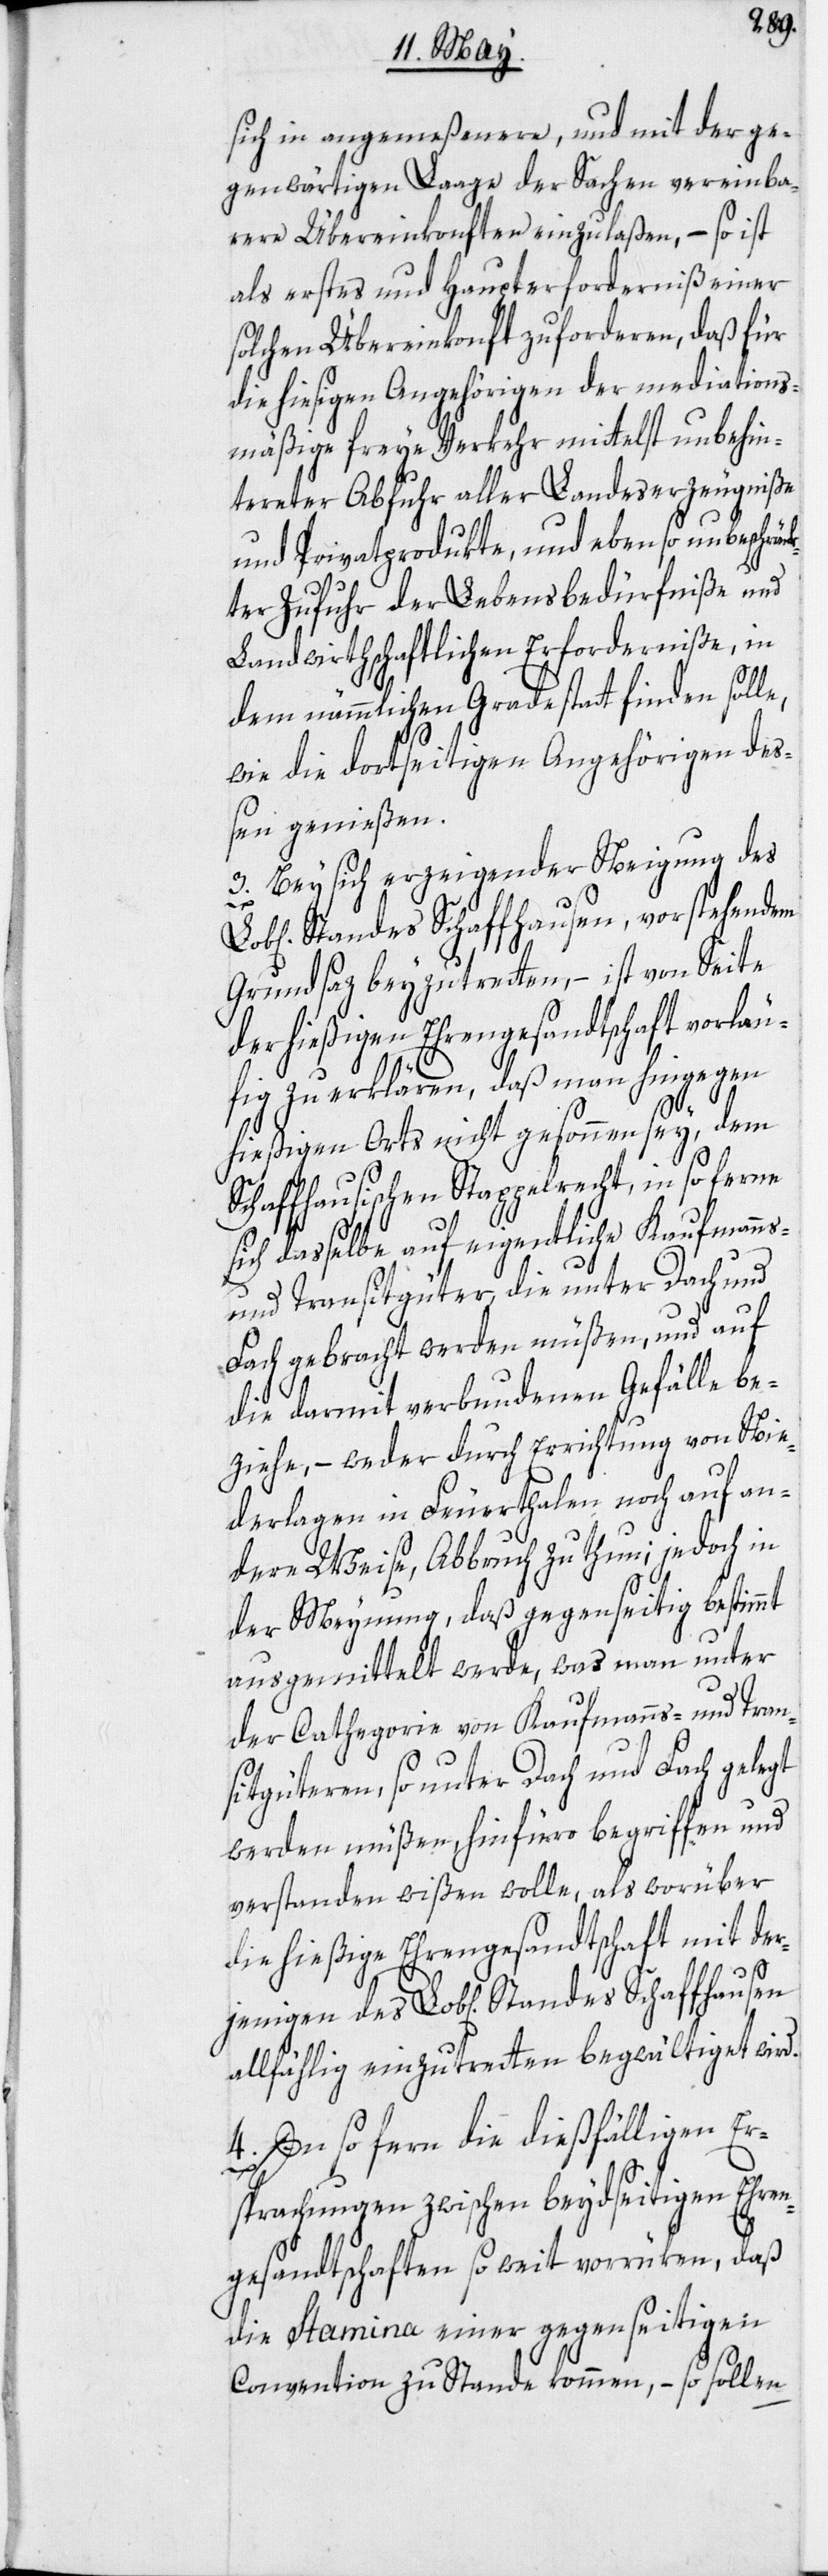
sich in angemeßenere, und mit der ge¬
genwärtigen Laage der Sachen vereinba¬
rere Übereinkonften einzulaßen, – so ist
als erstes und Haupterforderniß einer
solchen Übereinkonft zu forderen, daß für
die hiesigen Angehörigen der mediations¬
mäßige freye Verkehr mittelst unbehin¬
tereter Abfuhr aller Landeserzeugniße
und Privatprodukte, und ebenso unbeschrän¬
kter Zufuhr der Lebensbedürfniße und
Landwirthschaftlichen Erforderniße, in
dem nämmlichen Grade statt finden solle,
wie die dortseitigen Angehörigen deß¬
en genießen.
3. Bey sich erzeigender Neigung des
Standes Schaffhausen, vorstehendem
Grundsaz beyzutretten, – ist von Seite
der hießigen Ehrengesandtschaft vorläu¬
fig zu erklären, daß man hingegen
hießigen Orts nicht gesonnen sey, dem
Schaffhausischen Stappelrecht, in so ferne
sich dasselbe auf eigentliche Kaufmanns-
und Transitgüter, die unter Dach und
Fach gebracht werden müßen, und auf
die darmit verbundenen Gefälle be¬
ziehe, – weder durch Errichtung von Nie¬
derlagen in Feuerthalen noch auf an¬
dere Weise, Abbruch zu thun; jedoch in
der Meynung, daß gegenseitig bestimmt
ausgemittelt werde, was man unter
der Cathegorie von Kaufmanns- und Tran¬
sitgüteren, so unter Dach und Fach gelegt
werden müßen, hinfüro begriffen und
verstanden wißen wolle, als worüber
die hießige Ehrengesandtschaft mit der¬
jenigen des Lob[lichen] Standes Schaffhausen
allfählig einzutretten begwältiget wird.
4. In so fern die dießfälligen Er¬
sprachungen zwischen beydseitigen Ehren¬
gesandtschaften so weit vorrüken, daß
die Stamina einer gegenseitigen
Convention zu Stande kommen, – so sollen